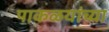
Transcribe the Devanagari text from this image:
पाकळयांच्या